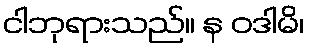
ငါဘုရားသည်။ န ဝဒါမိ၊